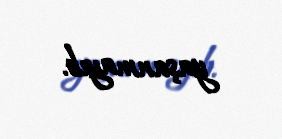
yaşanmayıb.